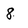
Character: 8